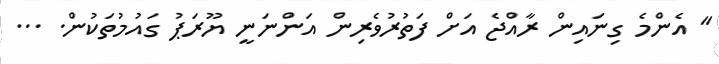
'' އެންމެ ގިނައިން ރާއްޖެ އަށް ފަތުރުވެރިން އަންނަނީ ޔޫރަޕު ގައުމުތަކުން. ...